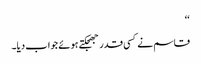
‘‘
قاسم نے کسی قدر جھجکتے ہوئے جواب دیا۔